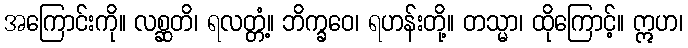
အကြောင်းကို။ လစ္ဆတိ၊ ရလတ္တံ့။ ဘိက္ခဝေ၊ ရဟန်းတို့။ တသ္မာ၊ ထိုကြောင့်။ ဣဟ၊